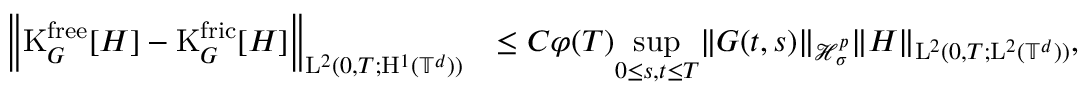
\begin{array} { r l } { \Big \Vert \mathrm { K } _ { G } ^ { \mathrm { f r e e } } [ H ] - \mathrm { K } _ { G } ^ { \mathrm { f r i c } } [ H ] \Big \Vert _ { \mathrm { L } ^ { 2 } ( 0 , T ; \mathrm { H } ^ { 1 } ( \mathbb T ^ { d } ) ) } } & { \leq C \varphi ( T ) \underset { 0 \leq s , t \leq T } { \operatorname* { s u p } } \Vert G ( t , s ) \Vert _ { \mathcal { H } _ { \sigma } ^ { p } } \Vert H \Vert _ { \mathrm { L } ^ { 2 } ( 0 , T ; \mathrm { L } ^ { 2 } ( \mathbb T ^ { d } ) ) } , } \end{array}